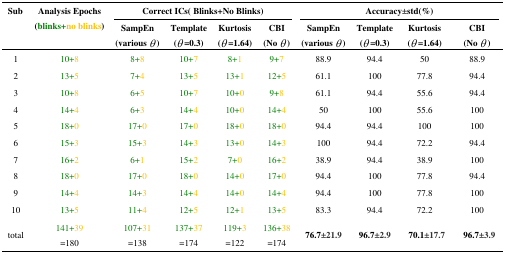
<table><thead><tr><td rowspan="3"><b>Sub</b></td><td rowspan="3"><b>Analysis Epochs(blinks+no blinks)</b></td><td colspan="4"><b>Correct ICs( Blinks+No Blinks)</b></td><td colspan="4"><b>Accuracy±std(%)</b></td></tr><tr><td><b>SampEn(various <i>θ</i>)</b></td><td><b>Template(<i>θ</i>=0.3)</b></td><td><b>Kurtosis(<i>θ</i>=1.64)</b></td><td><b>CBI(No <i>θ</i>)</b></td><td><b>SampEn(various <i>θ</i>)</b></td><td><b>Template(<i>θ</i>=0.3)</b></td><td><b>Kurtosis(<i>θ</i>=1.64)</b></td><td><b>CBI(No <i>θ</i>)</b></td></tr></thead><tbody><tr><td>1</td><td>10+8</td><td>8+8</td><td>10+7</td><td>8+1</td><td>9+7</td><td>88.9</td><td>94.4</td><td>50</td><td>88.9</td></tr><tr><td>2</td><td>13+5</td><td>7+4</td><td>13+5</td><td>13+1</td><td>12+5</td><td>61.1</td><td>100</td><td>77.8</td><td>94.4</td></tr><tr><td>3</td><td>10+8</td><td>6+5</td><td>10+7</td><td>10+0</td><td>9+8</td><td>61.1</td><td>94.4</td><td>55.6</td><td>94.4</td></tr><tr><td>4</td><td>14+4</td><td>6+3</td><td>14+4</td><td>10+0</td><td>14+4</td><td>50</td><td>100</td><td>55.6</td><td>100</td></tr><tr><td>5</td><td>18+0</td><td>17+0</td><td>17+0</td><td>18+0</td><td>18+0</td><td>94.4</td><td>94.4</td><td>100</td><td>100</td></tr><tr><td>6</td><td>15+3</td><td>15+3</td><td>14+3</td><td>13+0</td><td>14+3</td><td>100</td><td>94.4</td><td>72.2</td><td>94.4</td></tr><tr><td>7</td><td>16+2</td><td>6+1</td><td>15+2</td><td>7+0</td><td>16+2</td><td>38.9</td><td>94.4</td><td>38.9</td><td>100</td></tr><tr><td>8</td><td>18+0</td><td>17+0</td><td>18+0</td><td>14+0</td><td>17+0</td><td>94.4</td><td>100</td><td>77.8</td><td>94.4</td></tr><tr><td>9</td><td>14+4</td><td>14+3</td><td>14+4</td><td>14+0</td><td>14+4</td><td>94.4</td><td>100</td><td>77.8</td><td>100</td></tr><tr><td>10</td><td>13+5</td><td>11+4</td><td>12+5</td><td>12+1</td><td>13+5</td><td>83.3</td><td>94.4</td><td>72.2</td><td>100</td></tr><tr><td rowspan="2">total</td><td rowspan="2">141+39 =180</td><td rowspan="2">107+31 =138</td><td rowspan="2">137+37 =174</td><td rowspan="2">119+3 =122</td><td rowspan="2">136+38 =174</td><td rowspan="2"><b>76.7±21.9</b></td><td rowspan="2"><b>96.7±2.9</b></td><td rowspan="2"><b>70.1±17.7</b></td><td rowspan="2"><b>96.7±3.9</b></td></tr></tbody></table>